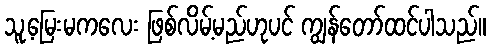
သူ့မြေးမကလေး ဖြစ်လိမ့်မည်ဟုပင် ကျွန်တော်ထင်ပါသည်။